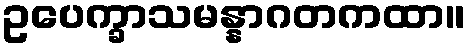
ဥပေက္ခာသမန္နာဂတကထာ။